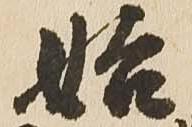
始